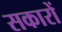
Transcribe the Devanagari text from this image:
सकारों